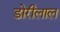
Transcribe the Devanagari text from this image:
डोरीलाल